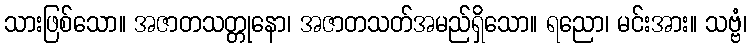
သားဖြစ်သော။ အဇာတသတ္တုနော၊ အဇာတသတ်အမည်ရှိသော။ ရညော၊ မင်းအား။ သဗ္ဗံ၊